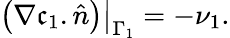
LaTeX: \left(\nabla\mathfrak{c}_{1}.\hat{{n}}\right)\big|_{\Gamma_{1}}=-\nu_{1}.